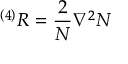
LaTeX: ^ { \left( 4 \right) } R = \frac { 2 } { N } \nabla ^ { 2 } N